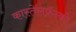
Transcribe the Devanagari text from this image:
कास्तेलफ्रॅन्को